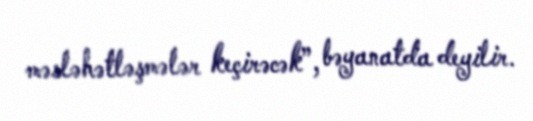
məsləhətləşmələr keçirəcək”, bəyanatda deyilir.